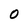
Character: 0